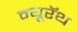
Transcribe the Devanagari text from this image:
न्यूरॅथ